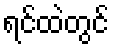
ရင်ထဲတွင်